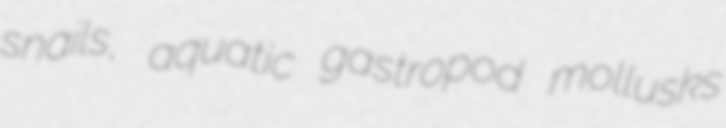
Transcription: snails, aquatic gastropod mollusks